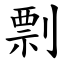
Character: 剽